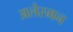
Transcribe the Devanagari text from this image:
अलेरमन